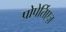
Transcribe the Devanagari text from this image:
प्रोपेर्तिएज़